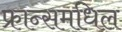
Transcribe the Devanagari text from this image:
फ्रान्समधिल